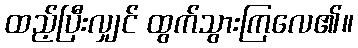
ထည့်ပြီးလျှင် ထွက်သွားကြလေ၏။